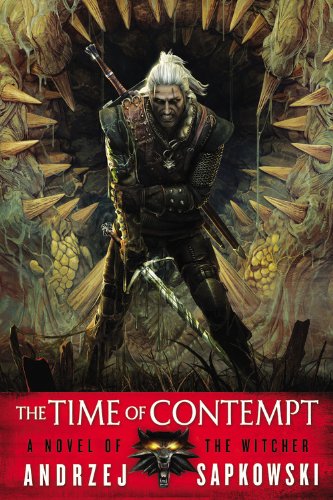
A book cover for The Time of Contempt (The Witcher); Andrzej Sapkowski; Science Fiction & Fantasy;